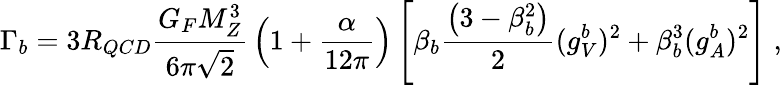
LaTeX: \Gamma_{b}=3R_{QCD}{\frac{G_{F}M_{Z}^{3}}{6\pi\sqrt 2}}\left(1+{\frac{\alpha}{12\pi}}\right)\left[\beta_{b}{\frac{\left(3-\beta_{b}^{2}\right)}{2}}(g_{V}^{b})^{2}+\beta_{b}^{3}(g_{A}^{b})^{2}\right]\; ,